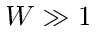
W \gg 1